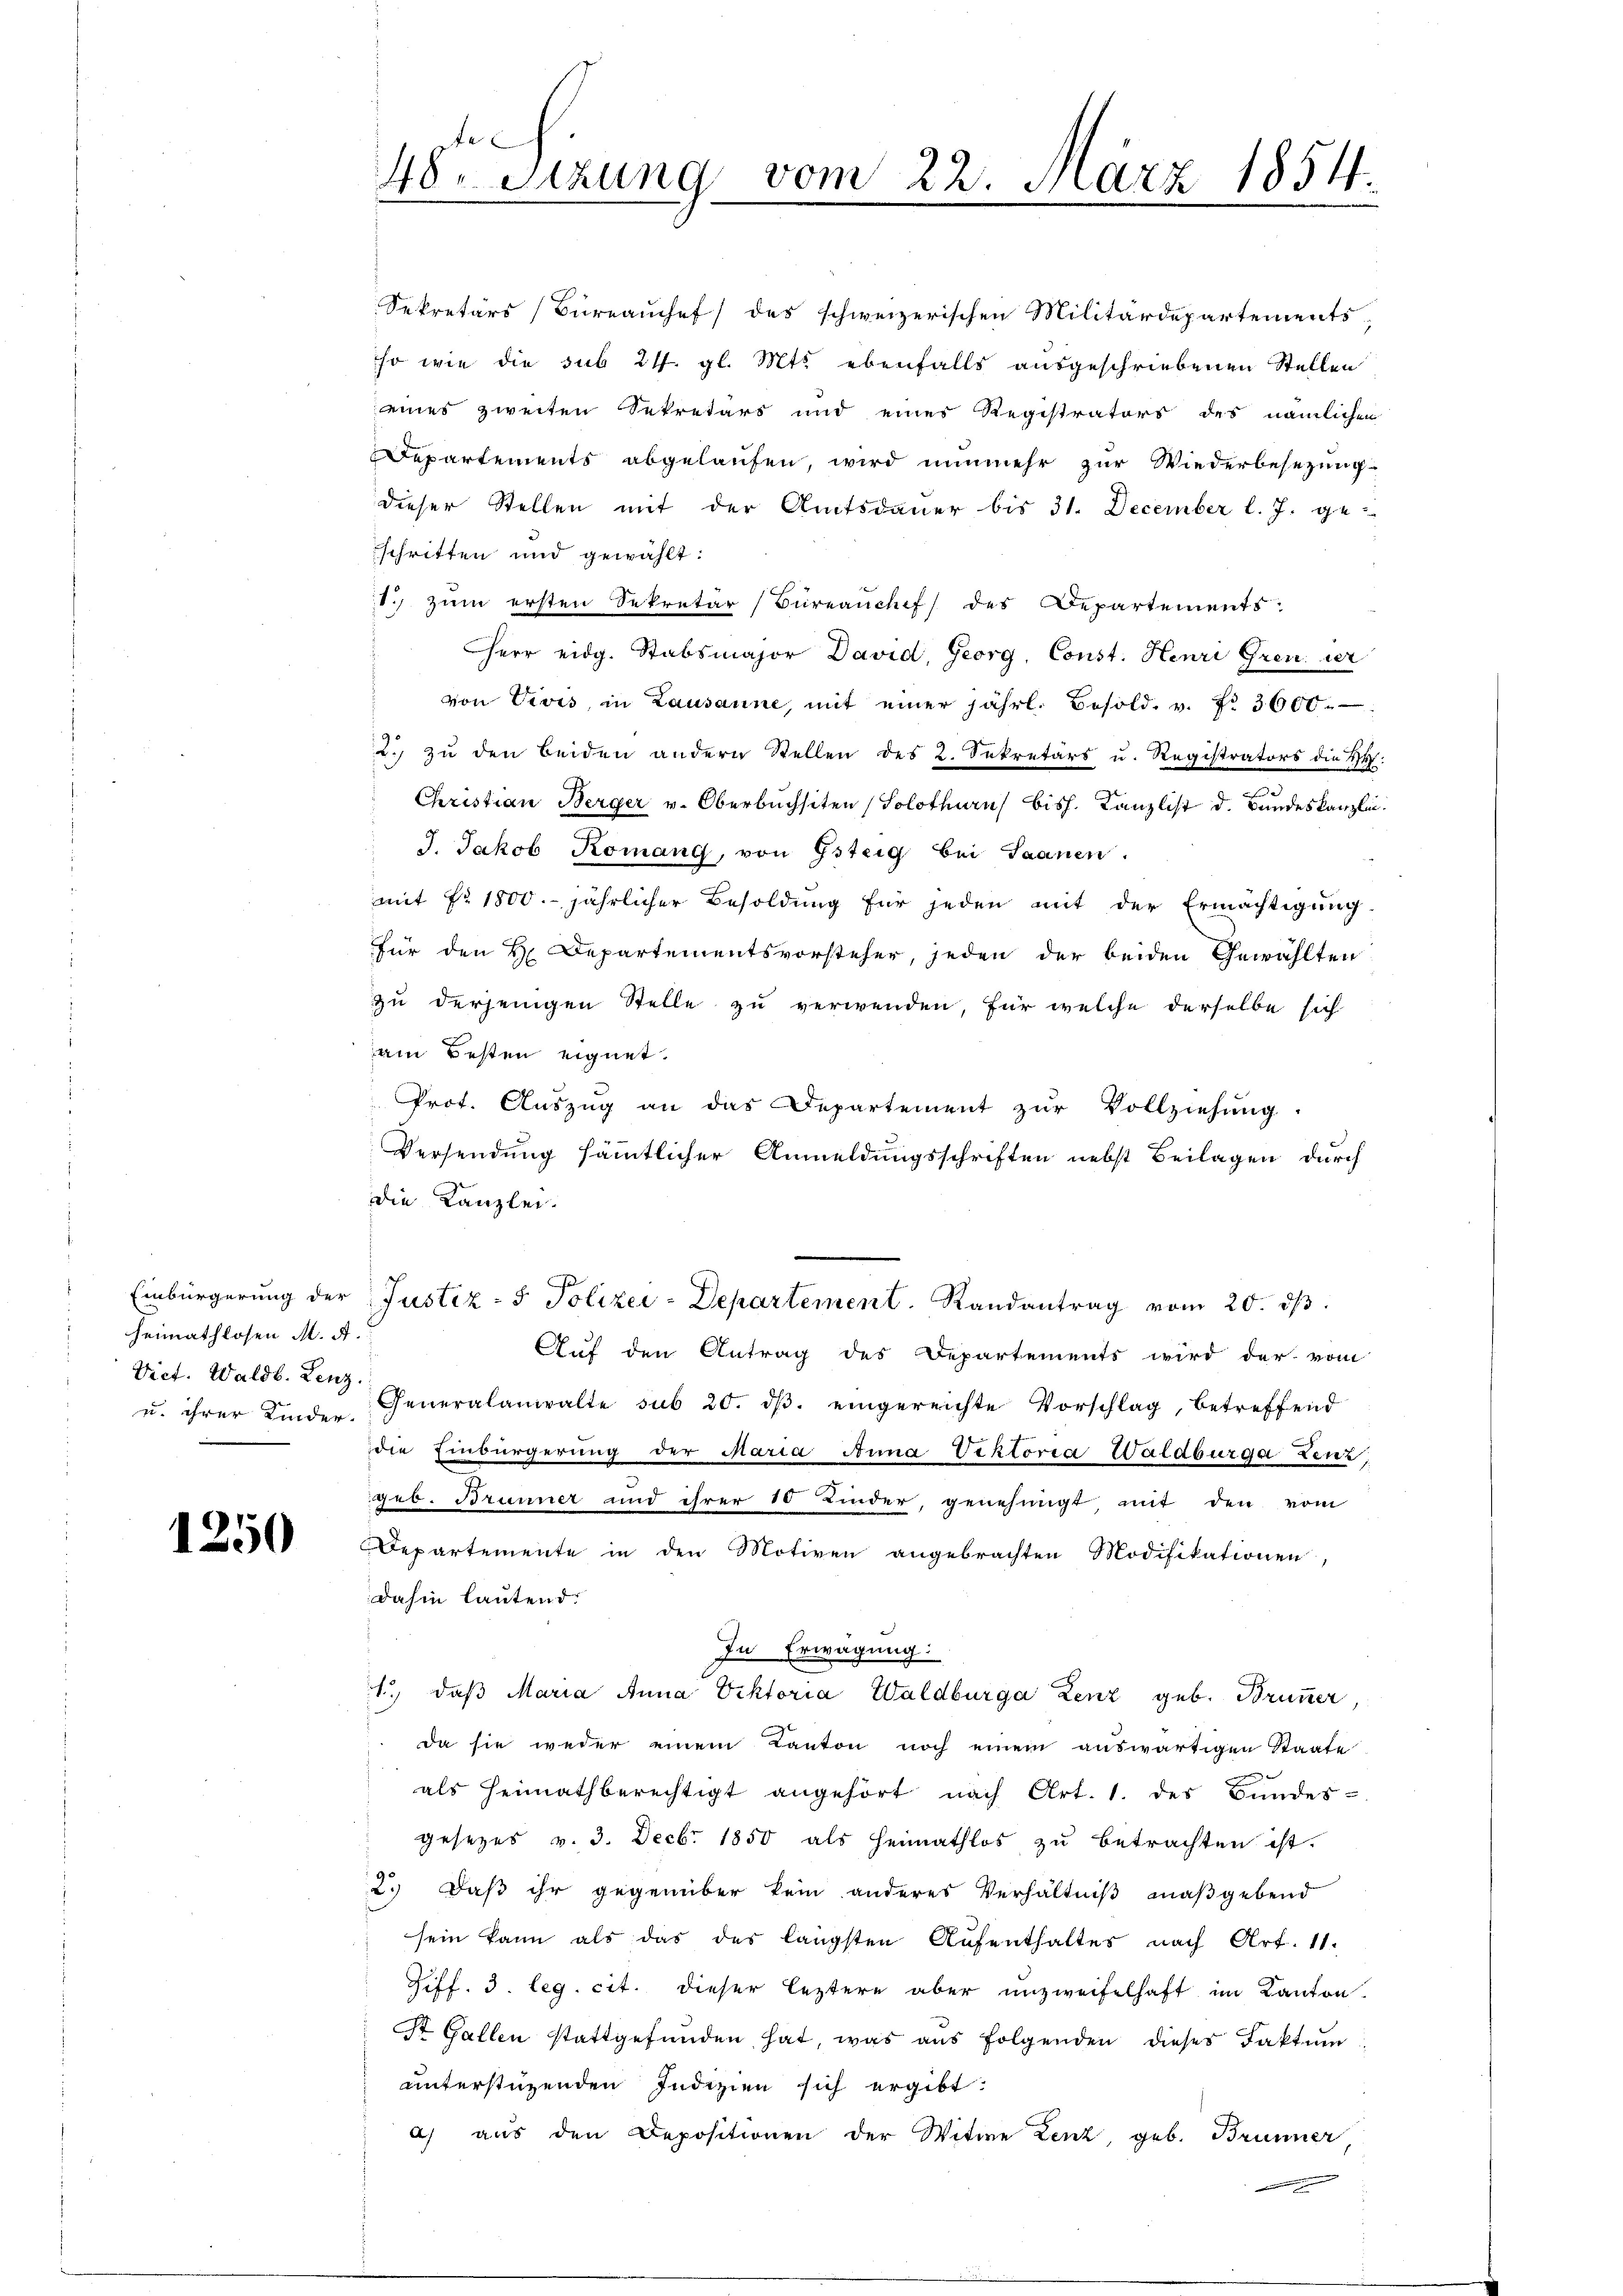
heimathlosen M. A.
Vict. Waldb. Lenz.

1250

Sekretärs Bureauchef des schweizerischen Militärdepartements,
so wie die sub 24. gl. Mts. ebenfalls ausgeschriebenen Stellen
eines zweiten Sekretärs und eines Registrators des nämlichen
Departements abgelaufen, wird nunmehr zur Wiederbesezung
dieser Stellen mit der Amtsdauer bis 31. December l. J. ge-
schritten und gewählt:
1. zum ersten Sekretär (Büreanchef des Departements
Herr eidg. Stabsmajor David, Georg, Const. Henri Gren der
von Vivis, in Lausanne, mit einer jährl. Besold. v. Fr. 3600
2. zŭ den beiden andern Stellen des 2. Sekretärs u. Registrators die H:
Christian Berger v. Oberbuchsten (Solothurn biss. Kanzlist d. Bundeskanzlei.
J. Jakob Komani, von Gsteig bei Saanen.
mit Nr. 1800. jährlicher Besoldung für jeden mit der Ermächtigŭng.
für den H. Departementsvorsteher, jeden der beiden Gewählten
zu derjenigen Stelle zu verwenden, für welche derselbe sich
am Besten eignet.
Prof. Auszug an das Departement zur Vollziehung.
Versendung sämtlicher Anmeldungsschriften nebst Beilagen durch
Die Kanzlei.
Einbürgerung der Justiz- & Polizei-Departement. Randantrag vom 20. dβ.
Auf den Antrag des Departements wird der vom
u. ihrer Kinder. Generalanwalte sub 20. dβ. eingereichte Vorschlag, betreffend
die Einbürgerung der Maria Anna Vektoria Waldburda Lenz
geb. Brunner und ihrer 10 Kinder, genehmigt, mit den vom
Departemente in den Motiven angebrachten Modifikationen,
dahin lautend.
In Erwägung:
1. daβ Maria Anna Viktoria Waldburga Lenz geb. Brunner,
da sie weder einem Kanton noch einem auswärtigen Staate
als Heimathberechtigt angehört nach Art. 1. der Bundes-
gesetzes v. 3. Decbr 1850 als Heimathlos zu betrachten ist.
2.) Daß ihr gegenüber kein anderes Verhältniß maßgebend
sein kann als das des längsten Aufenthaltes nach Art. 11.
Ziff. 3. leg. cit. dieser leztere aber unzweifelhaft im Kanton
St. Gallen stattgefunden hat, was aus folgenden dieses Faktum
unterstüzenden Indizien sich ergibt.
a) aus den Depositionen der Witwe Lenz, geb. Brunner

48. Sizung vom 22. März 1854.